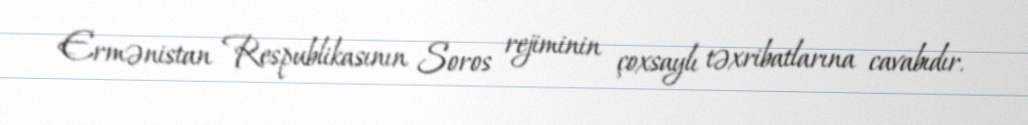
Ermənistan Respublikasının Soros rejiminin çoxsaylı təxribatlarına cavabıdır.